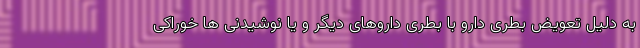
به دلیل تعویض بطری دارو با بطری داروهای دیگر و یا نوشیدنی ها خوراکی